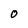
Character: O